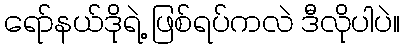
ရော်နယ်ဒိုရဲ့ ဖြစ်ရပ်ကလဲ ဒီလိုပါပဲ။